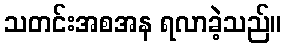
သတင်းအစအန ရလာခဲ့သည်။